Magi,_Artur, lk 77
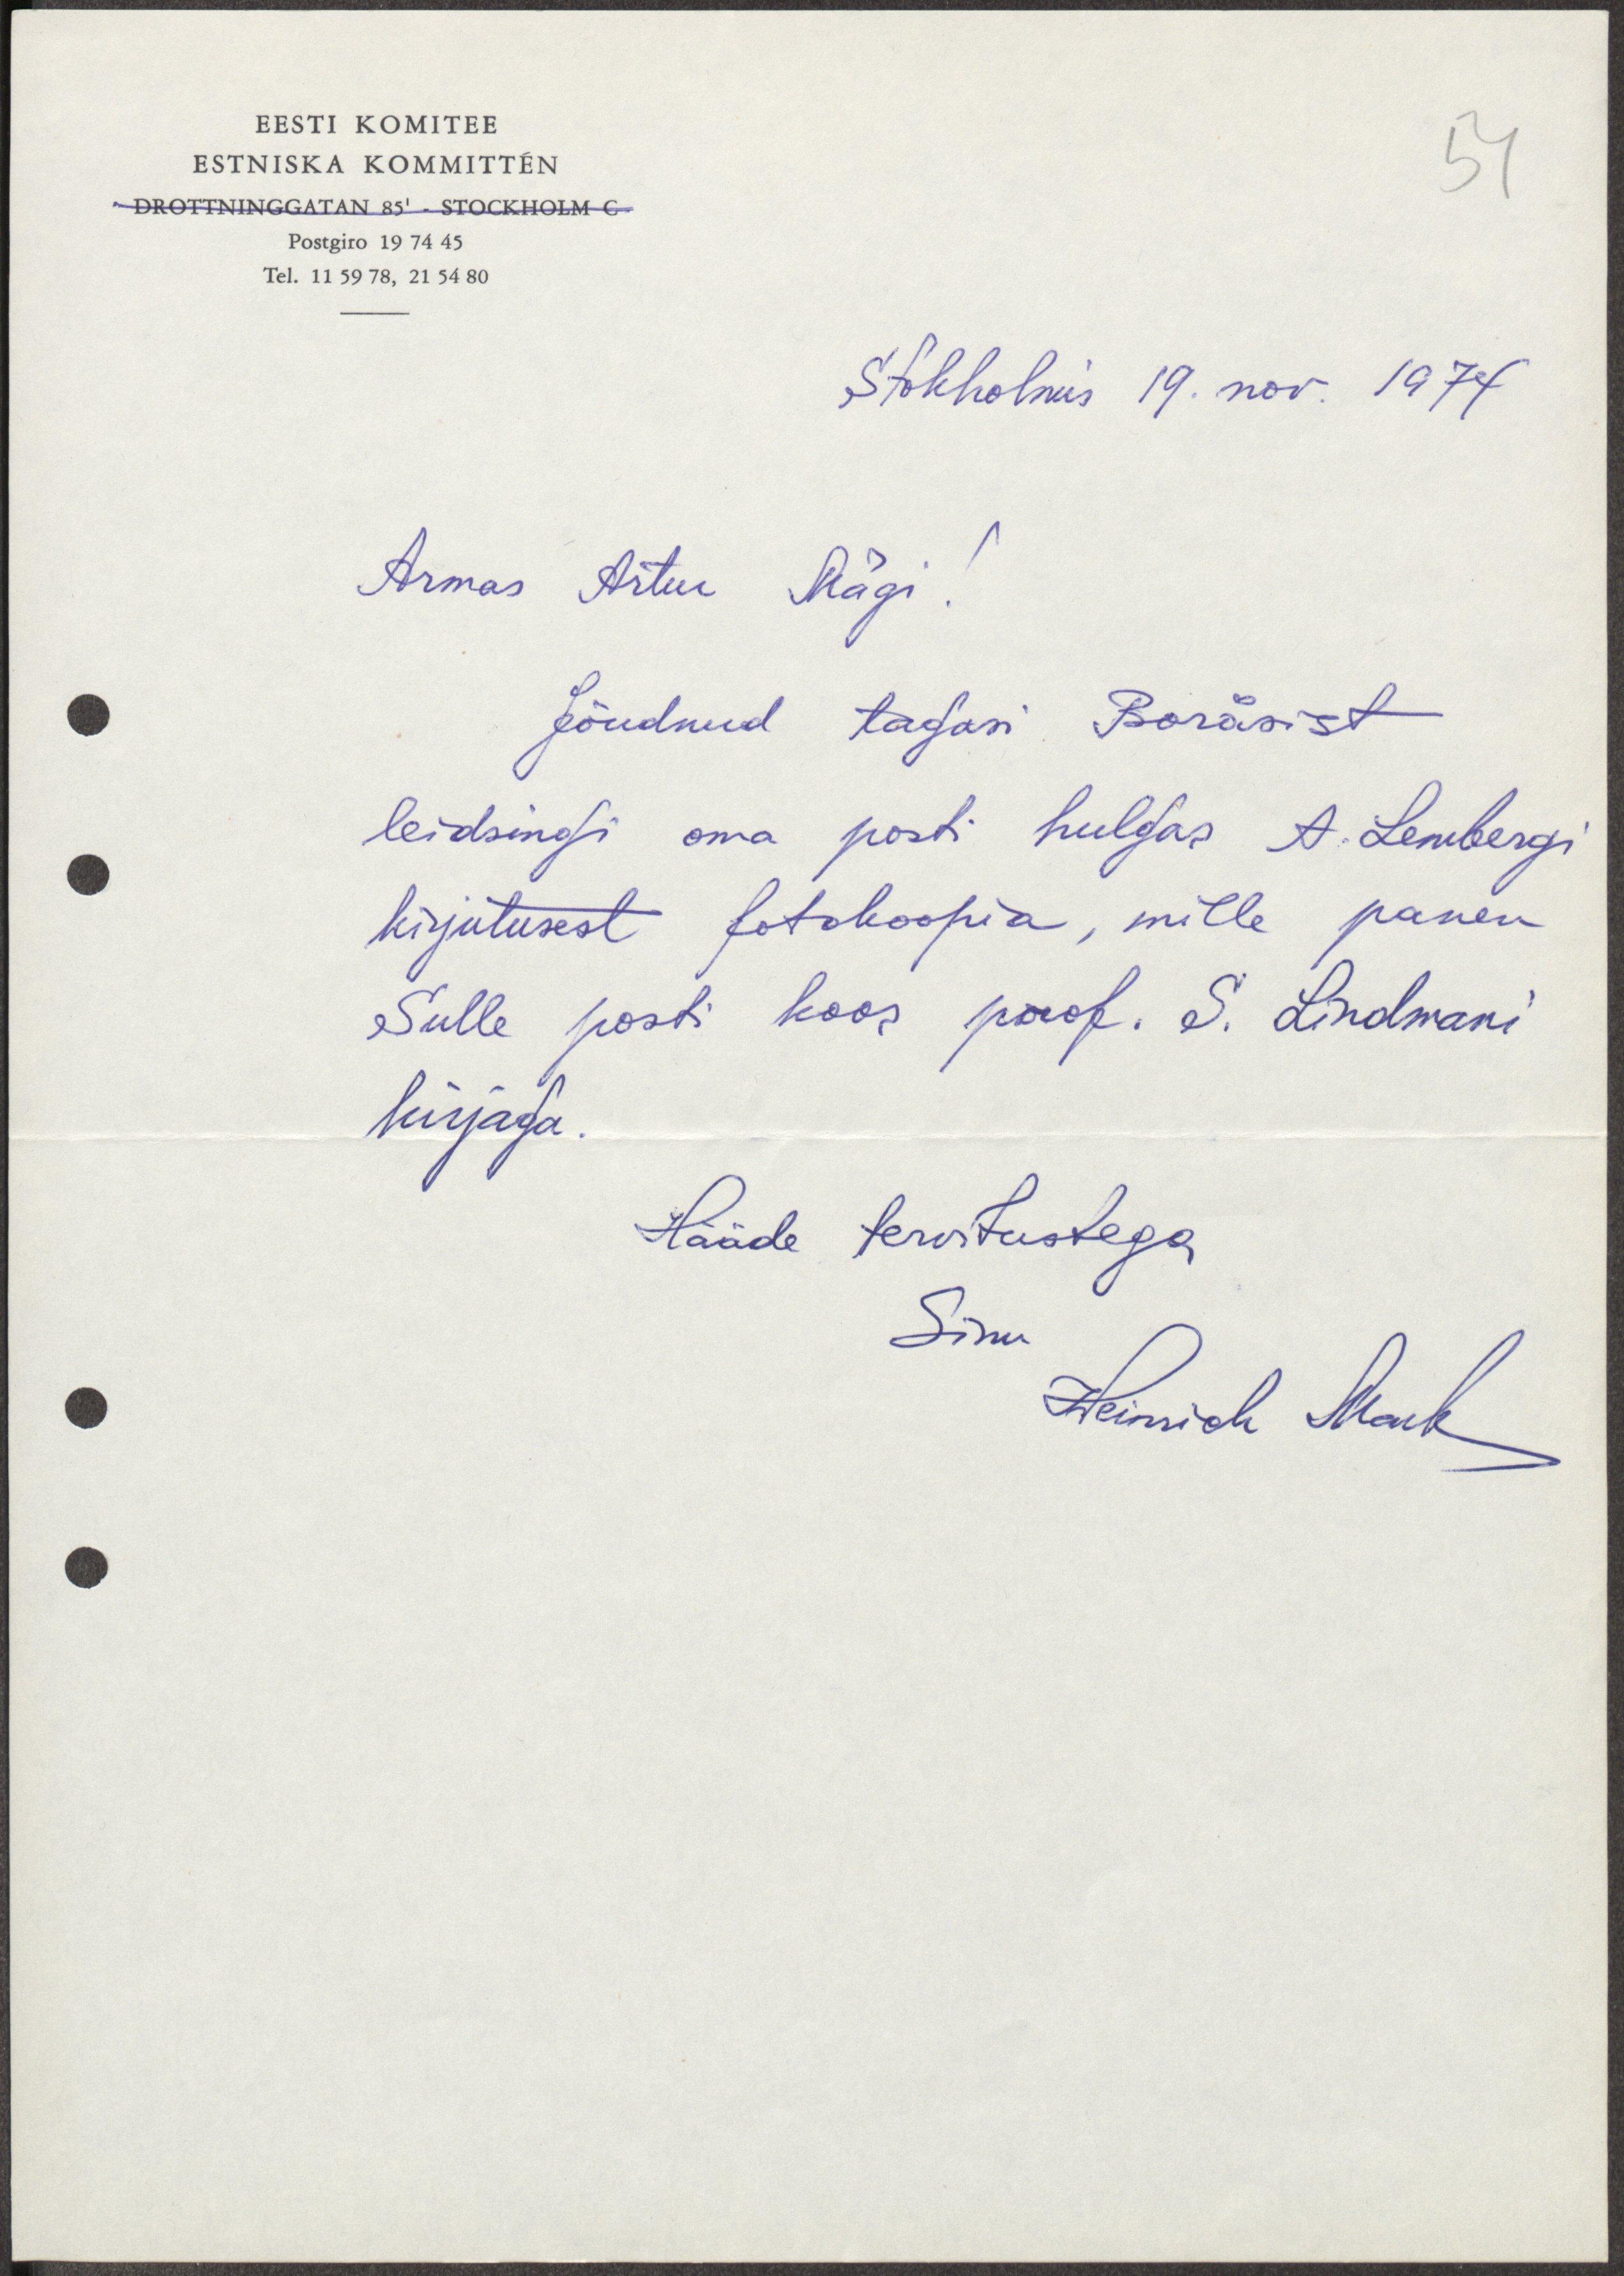
EESTI KOMITEE
ESTNISKA KOMMITTÉN
54
DROTTNINGGATAN 85. STOCKHOLM C.
Postgiro 19 74 45
Tel. 11 59 78, 21 54 80
Stokholmis 19. nov. 1974.
Armas Artur Mägi!
Jõudnud tagasi Boråsist
leidsingi oma posti hulgas A. Lembergi
kirjutusest fotokoopia, mille panen
Sulle posti koos prof. S. Lindmani
kirjaga.
Hääde tervitustega
Sinu
Heinich Mark